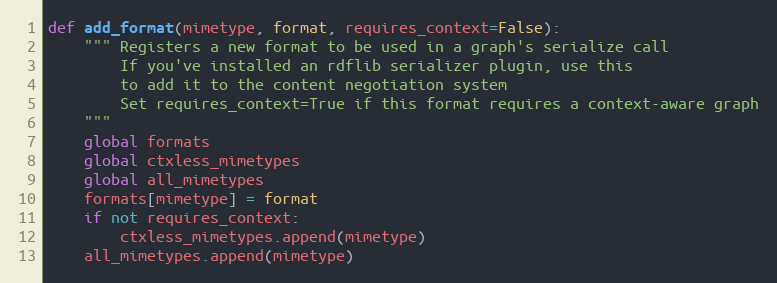
Language: Python
def add_format(mimetype, format, requires_context=False):
	""" Registers a new format to be used in a graph's serialize call
	    If you've installed an rdflib serializer plugin, use this
	    to add it to the content negotiation system
	    Set requires_context=True if this format requires a context-aware graph
	"""
	global formats
	global ctxless_mimetypes
	global all_mimetypes
	formats[mimetype] = format
	if not requires_context:
		ctxless_mimetypes.append(mimetype)
	all_mimetypes.append(mimetype)